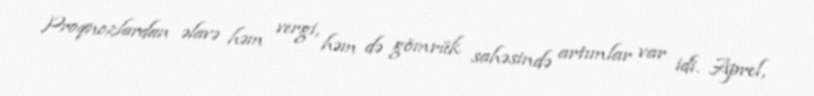
Proqnozlardan əlavə həm vergi, həm də gömrük sahəsində artımlar var idi. Aprel,